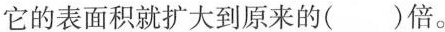
它的表面积就扩大到原来的( )倍。